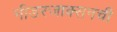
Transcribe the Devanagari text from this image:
नीडरजाक्सनची